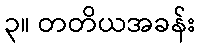
၃။ တတိယအခန်း